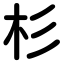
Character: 杉